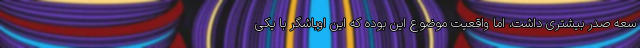
سعه صدر بیشتری داشت، اما واقعیت موضوع این بوده که این اوباشگر با یکی